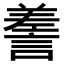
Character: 𧪰